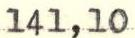
141,10